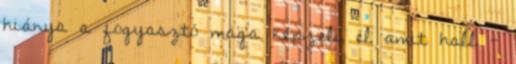
hiánya a fogyasztó maga képzeli el amit hall -